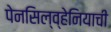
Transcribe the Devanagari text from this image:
पेनसिल्व्हेनियाची